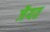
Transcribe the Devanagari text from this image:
जैयत